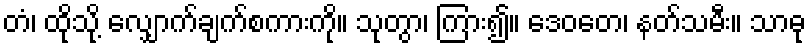
တံ၊ ထိုသို့ လျှောက်ချက်စကားကို။ သုတွာ၊ ကြား၍။ ဒေဝတေ၊ နတ်သမီး။ သာဓု